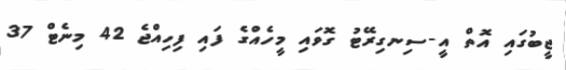
ޖީބުގައި އޮތް އީ-ސިނގިރޭޓު ގޮވައި މީހެއްގެ ފައި ފިހިއްޖެ 42 މިނެޓް 37